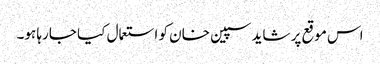
اس موقع پر شاید سپین خان کو استعمال کیا جارہا ہو۔